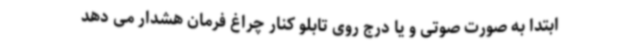
ابتدا به صورت صوتی و یا درج روی تابلو کنار چراغ فرمان هشدار می دهد